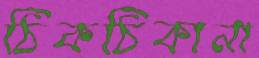
ঠিকঠিকানা